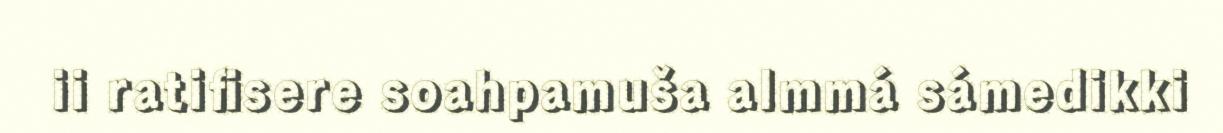
ii ratifisere soahpamuša almmá sámedikki